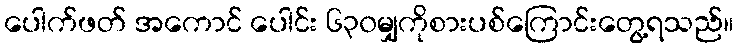
ပေါက်ဖတ် အကောင် ပေါင်း ၆၃၀မျှကိုစားပစ်ကြောင်းတွေ့ရသည်။